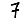
Digit: 7